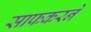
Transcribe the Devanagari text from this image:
साफकरने